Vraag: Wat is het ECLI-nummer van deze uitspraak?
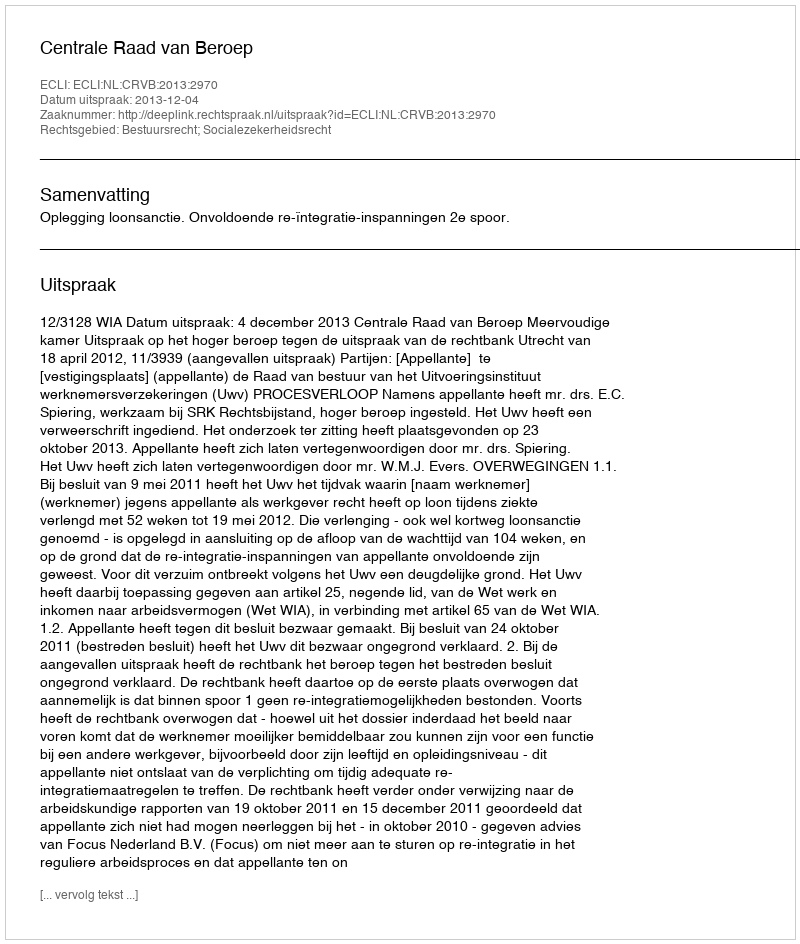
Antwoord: ECLI:NL:CRVB:2013:2970